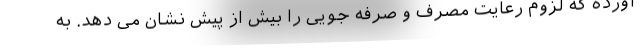
آورده که لزوم رعایت مصرف و صرفه جویی را بیش از پیش نشان می دهد. به